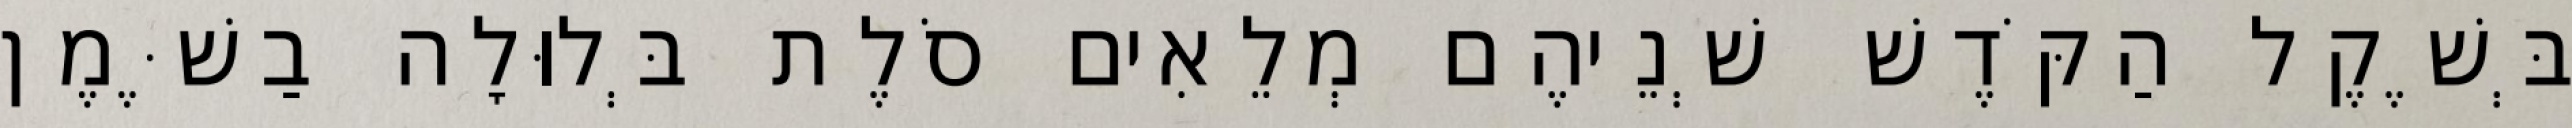
בְּשֶׁקֶל הַקֹּדֶשׁ שְׁנֵיהֶם מְלֵאִים סֹלֶת בְּלוּלָה בַשֶּׁמֶן